Lunatic asylums Central Provinces reports 1874-1885 - 1874-1885
Year: 1874
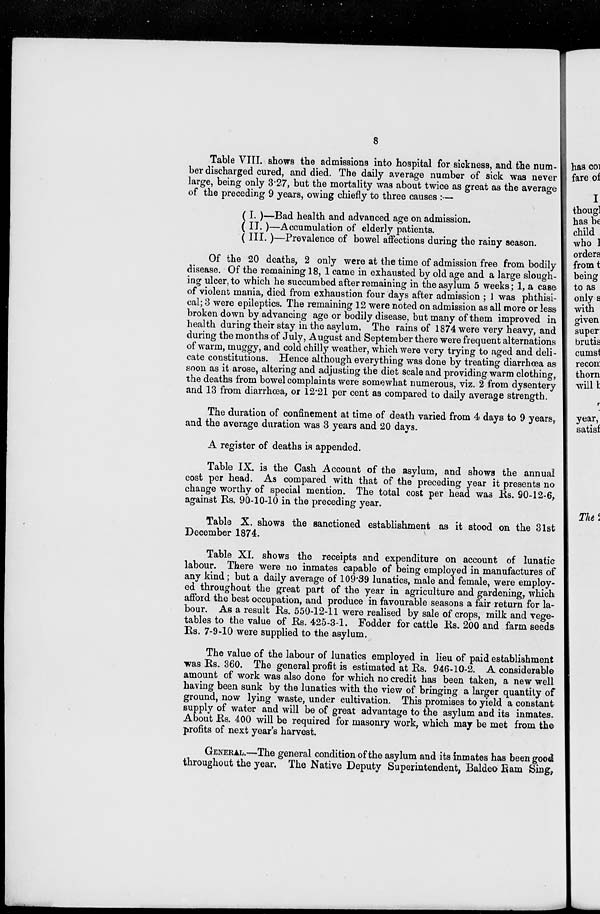
8
Table VIII. shows the admissions into hospital for sickness, and the num-
ber discharged cured, and died. The daily average number of sick was never
large, being only 3.27, but the mortality was about twice as great as the average
of the preceding 9 years, owing chiefly to three causes :—
(I.)—Bad health and advanced age on admission.
( II.)—Accumulation of elderly patients.
( III. )—Prevalence of bowel affections during the rainy season.
Of the 20 deaths, 2 only were at the time of admission free from bodily
disease. Of the remaining 18, 1 came in exhausted by old age and a large slough-
ing ulcer, to which he succumbed after remaining in the asylum 5 weeks; 1, a case
of violent mania, died from exhaustion four days after admission ; 1 was phthisi-
cal; 3 were epileptics. The remaining 12 were noted on admission as all more or less
broken down by advancing age or bodily disease, but many of them improved in
health during their stay in the asylum. The rains of 1874 were very heavy, and
during the months of July, August and September there were frequent alternations
of warm, muggy, and cold chilly weather, which were very trying to aged and deli-
cate constitutions. Hence although everything was done by treating diarrhœa as
soon as it arose, altering and adjusting the diet scale and providing warm clothing,
the deaths from bowel complaints were somewhat numerous, viz. 2 from dysentery
and 13 from diarrhœa, or 12.21 per cent as compared to daily average strength.
The duration of confinement at time of death varied from 4 days to 9 years,
and the average duration was 3 years and 20 days.
A register of deaths is appended.
Table IX. is the Cash Account of the asylum, and shows the annual
cost per head. As compared with that of the preceding year it presents no
change worthy of special mention. The total cost per head was Rs. 90-12-6,
against Rs. 90-10-10 in the preceding year.
Table X. shows the sanctioned establishment as it stood on the 31st
December 1874.
Table XI. shows the receipts and expenditure on account of lunatic
labour. There were no inmates capable of being employed in manufactures of
any kind; but a daily average of 109.39 lunatics, male and female, were employ-
ed throughout the great part of the year in agriculture and gardening, which
afford the best occupation, and produce in favourable seasons a fair return for la-
bour. As a result Rs. 550-12-11 were realised by sale of crops, milk and vege-
tables to the value of Rs. 425-3-1. Fodder for cattle Rs. 200 and farm seeds
Rs. 7-9-10 were supplied to the asylum.
The value of the labour of lunatics employed in lieu of paid establishment
was Rs. 360. The general profit is estimated at Rs. 946-10-2. A considerable
amount of work was also done for which no credit has been taken, a new well
having been sunk by the lunatics with the view of bringing a larger quantity of
ground, now lying waste, under cultivation. This promises to yield a constant
supply of water and will be of great advantage to the asylum and its inmates.
About Rs. 400 will be required for masonry work, which may be met from the
profits of next year's harvest.
GENERAL.—The general condition of the asylum and its inmates has been good
throughout the year. The Native Deputy Superintendent, Baldeo Ram Sing,